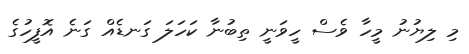
މި ލިޔުނު މީހާ ވެސް ހީވަނީ ތިބުނާ ކަހަލަ ގަނޑެއް ގަނެ އޮފީހުގެ